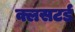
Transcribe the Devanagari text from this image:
क्लसटर्ड